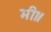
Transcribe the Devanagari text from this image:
मी॥